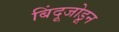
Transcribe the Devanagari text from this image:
बिंदूजोडून